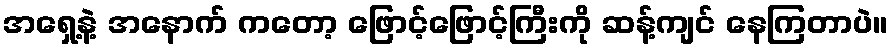
အရှေ့နဲ့ အနောက် ကတော့ ဖြောင့်ဖြောင့်ကြီးကို ဆန့်ကျင် နေကြတာပဲ။